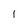
Character: l